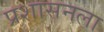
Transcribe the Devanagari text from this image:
प्रशासनला